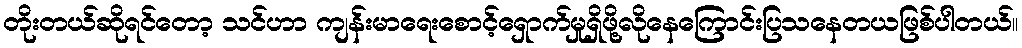
တိုးတယ်ဆိုရင်တော့ သင်ဟာ ကျန်းမာရေးစောင့်ရှောက်မှုရှိဖို့လိုနေကြောင်းပြသနေတယဖြစ်ပါတယ်။